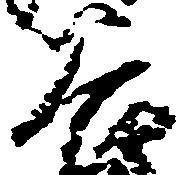
谷